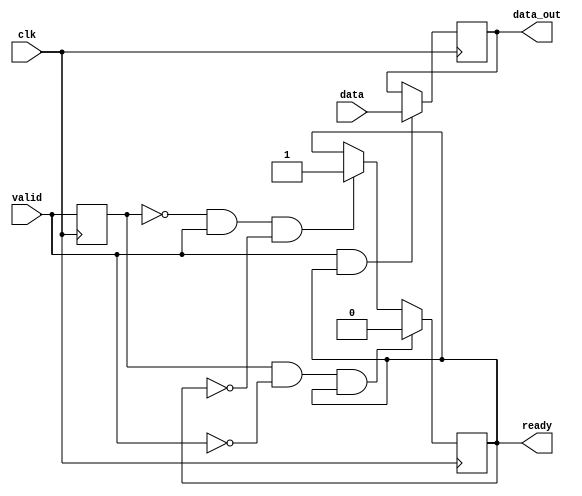
`timescale 10ns / 100ps

module s1(
    input clk,
    input [15:0]data,
    output reg ready,
    input valid,
    output [15:0]data_out
    );
    
reg [15:0]datareg;

//valid
reg [1:0]valid_ff;
wire valid_neg;
wire valid_pos;

initial 
begin 

     datareg  = 15'd0;
     ready = 1'd0;
     valid_ff = 2'd0;
end


always@(posedge clk)
begin
    valid_ff[0] <= valid;
    valid_ff[1] <= valid_ff[0];
end

assign valid_neg = valid_ff[0] & ~valid;
assign valid_pos = ~valid_ff[0] & valid;
assign data_out = datareg;

always@(posedge clk)
begin
    //
    if(valid & ready)
          begin
            datareg <= data;
          end
    else
        begin
            datareg <= datareg;
        end
end


always@(negedge clk)
begin
//
    if(valid_pos & (~ready))
        begin
            ready <= 1'd1;
        end
    if(valid_neg & ready)
        begin
            ready <= 1'd0;
        end

end


endmodule